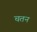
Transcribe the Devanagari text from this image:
चतन